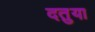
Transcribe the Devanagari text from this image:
दतुया